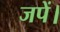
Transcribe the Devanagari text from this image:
जपें।